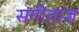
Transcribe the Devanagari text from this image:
संगीताज्ञ